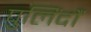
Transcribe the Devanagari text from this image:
पुलिंदौं